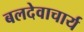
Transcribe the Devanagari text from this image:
बलदेवाचार्य